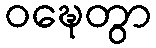
ဝဍ္ဎေတွာ